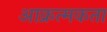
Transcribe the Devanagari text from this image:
आक्रत्मकता